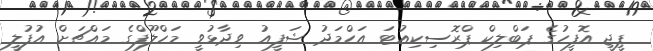
ޕީޖީ އޮފީހުގެ ޕަބްލިކް ޕްރޮސިކިއުޓަ އަހްމަދު ޝަފީއު ވިދާޅުވީ މަހްލޫފްގެ މައްޗަށް އުފުލީ